King Institute of Preventive Medicine Bacteriolog. Section reports 1907-08
Year: 1907
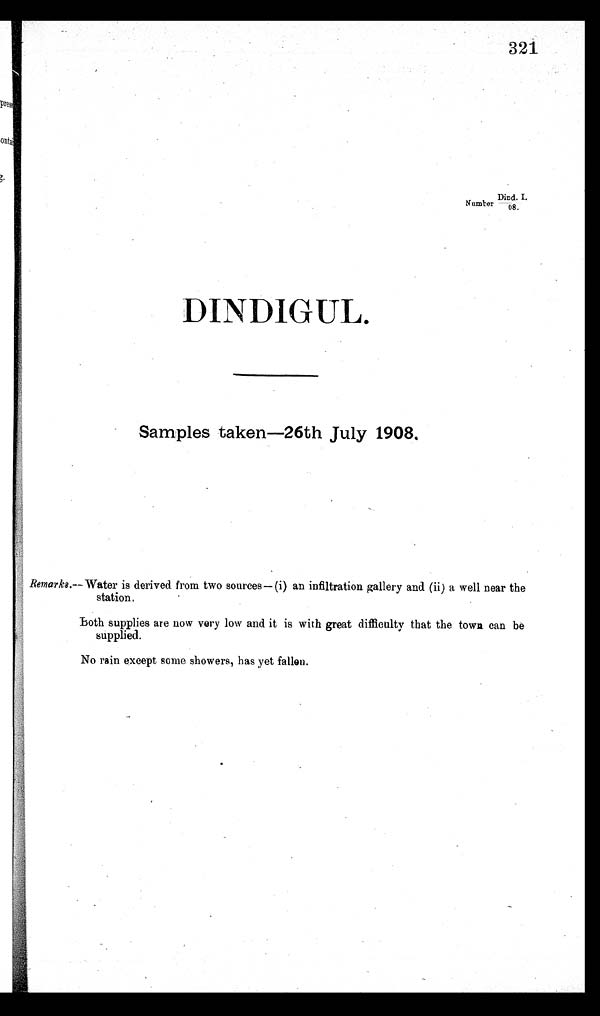
321
Dind. I.
DINDIGUL.
Samples taken-26th July 1908,
Remarks.--- Water is derived from two sources — (i) an infiltration gallery and (ii) a well near the
station,
Both supplies are now very low and it is with great difficulty that the town can be
supplied.
No rain except some showers, has yet fallen.